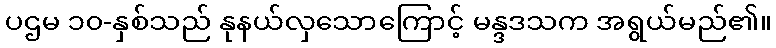
ပဌမ ၁၀-နှစ်သည် နုနယ်လှသောကြောင့် မန္ဒဒသက အရွယ်မည်၏။